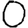
Digit: 0